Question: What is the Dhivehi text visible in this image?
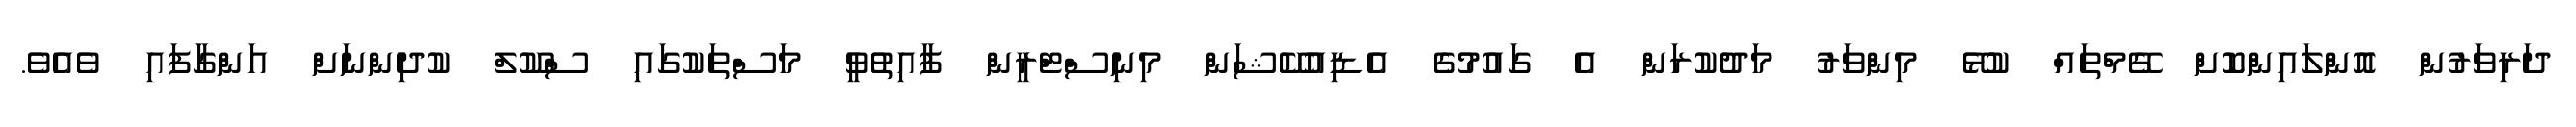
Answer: ދަރިވަރުން އޮންލައިންކޮށް ގޭމްތައް ކުޅޭ މިންވަރު މަދުކުރަން އެ ގައުމުގެ އެޑިއުކޭޝަން މިނިސްޓްރީން ފާއިތުވީ މަސްތަކުގައި ސްކޫލް ކުދިންނަށް އަންގާފައި ވެއެވެ.